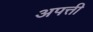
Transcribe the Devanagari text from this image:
अपत्ती